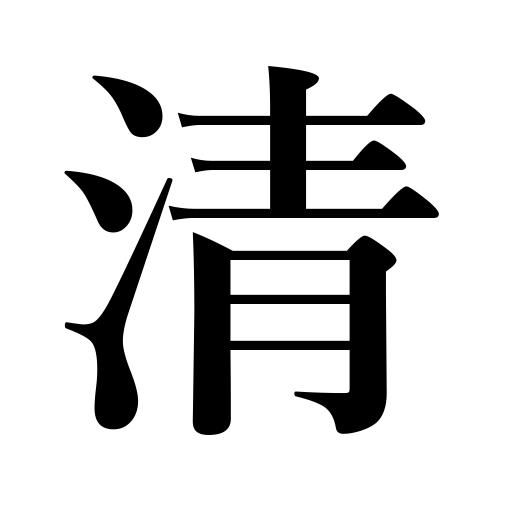
Meanings: be purified,consecrate,clean,clear,China,purify,exorcise,pure,be cleaned,Manchu dynasty,innocent,cleanse,noble